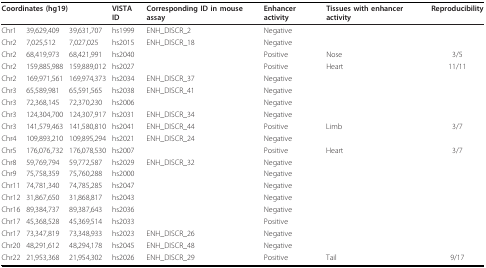
<table><thead><tr><td colspan="3"><b>Coordinates (hg19)</b></td><td><b>VISTA ID</b></td><td><b>Corresponding ID in mouse assay</b></td><td><b>Enhancer activity</b></td><td><b>Tissues with enhancer activity</b></td><td><b>Reproducibility</b></td></tr></thead><tbody><tr><td>Chr1</td><td>39,629,409</td><td>39,631,707</td><td>hs1999</td><td>ENH_DISCR_2</td><td>Negative</td><td></td><td></td></tr><tr><td>Chr2</td><td>7,025,512</td><td>7,027,025</td><td>hs2015</td><td>ENH_DISCR_18</td><td>Negative</td><td></td><td></td></tr><tr><td>Chr2</td><td>68,419,973</td><td>68,421,991</td><td>hs2040</td><td></td><td>Positive</td><td>Nose</td><td>3/5</td></tr><tr><td>Chr2</td><td>159,885,988</td><td>159,889,012</td><td>hs2027</td><td></td><td>Positive</td><td>Heart</td><td>11/11</td></tr><tr><td>Chr2</td><td>169,971,561</td><td>169,974,373</td><td>hs2034</td><td>ENH_DISCR_37</td><td>Negative</td><td></td><td></td></tr><tr><td>Chr3</td><td>65,589,981</td><td>65,591,565</td><td>hs2038</td><td>ENH_DISCR_41</td><td>Negative</td><td></td><td></td></tr><tr><td>Chr3</td><td>72,368,145</td><td>72,370,230</td><td>hs2006</td><td></td><td>Negative</td><td></td><td></td></tr><tr><td>Chr3</td><td>124,304,700</td><td>124,307,917</td><td>hs2031</td><td>ENH_DISCR_34</td><td>Negative</td><td></td><td></td></tr><tr><td>Chr3</td><td>141,579,463</td><td>141,580,810</td><td>hs2041</td><td>ENH_DISCR_44</td><td>Positive</td><td>Limb</td><td>3/7</td></tr><tr><td>Chr4</td><td>109,893,210</td><td>109,895,294</td><td>hs2021</td><td>ENH_DISCR_24</td><td>Negative</td><td></td><td></td></tr><tr><td>Chr5</td><td>176,076,732</td><td>176,078,530</td><td>hs2007</td><td></td><td>Positive</td><td>Heart</td><td>3/7</td></tr><tr><td>Chr8</td><td>59,769,794</td><td>59,772,587</td><td>hs2029</td><td>ENH_DISCR_32</td><td>Negative</td><td></td><td></td></tr><tr><td>Chr9</td><td>75,758,359</td><td>75,760,288</td><td>hs2000</td><td></td><td>Negative</td><td></td><td></td></tr><tr><td>Chr11</td><td>74,781,340</td><td>74,785,285</td><td>hs2047</td><td></td><td>Negative</td><td></td><td></td></tr><tr><td>Chr12</td><td>31,867,650</td><td>31,868,817</td><td>hs2043</td><td></td><td>Negative</td><td></td><td></td></tr><tr><td>Chr16</td><td>89,384,737</td><td>89,387,643</td><td>hs2036</td><td></td><td>Negative</td><td></td><td></td></tr><tr><td>Chr17</td><td>45,368,528</td><td>45,369,514</td><td>hs2033</td><td></td><td>Positive</td><td></td><td></td></tr><tr><td>Chr17</td><td>73,347,819</td><td>73,348,933</td><td>hs2023</td><td>ENH_DISCR_26</td><td>Negative</td><td></td><td></td></tr><tr><td>Chr20</td><td>48,291,612</td><td>48,294,178</td><td>hs2045</td><td>ENH_DISCR_48</td><td>Negative</td><td></td><td></td></tr><tr><td>Chr22</td><td>21,953,368</td><td>21,954,302</td><td>hs2026</td><td>ENH_DISCR_29</td><td>Positive</td><td>Tail</td><td>9/17</td></tr></tbody></table>